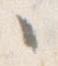
々